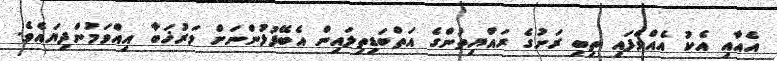
އެއާއި އެކު އެއްވެފައި ތިބި ރަށުގެ ރައްޔިތުންގެ އަތްބަޑިތިލައިން އެބޭފުޅުންނަށް މަރުޚަބާ އިއްވަމުންދިޔައެވެ.